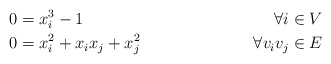
\begin{align*} &0=x_i^3-1& \forall i\in V& \\ &0=x_i^2+x_ix_j+x_j^2& \forall v_iv_j \in E&\end{align*}